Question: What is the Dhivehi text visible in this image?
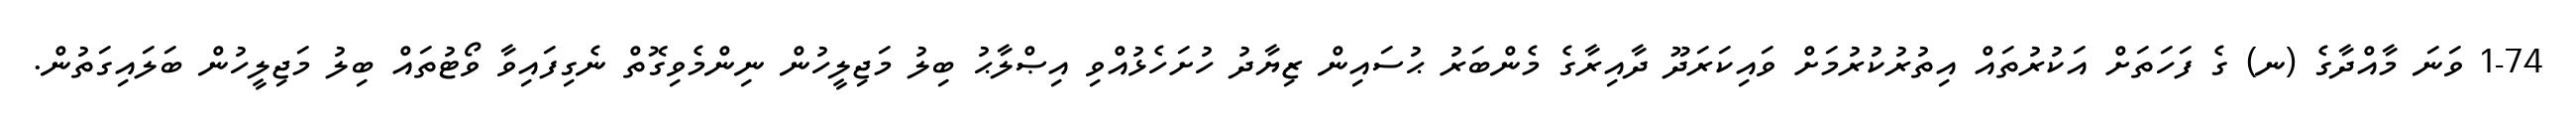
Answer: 1-74 ވަނަ މާއްދާގެ (ނ) ގެ ފަހަތަށް އަކުރުތައް އިތުރުކުރުމަށް ވައިކަރަދޫ ދާއިރާގެ މެންބަރު ޙުސައިން ޒިޔާދު ހުށަހެޅުއްވި އިޞްލާޙު ބިލު މަޖިލީހުން ނިންމެވިގޮތް ނެގިފައިވާ ވޯޓުތައް ބިލު މަޖިލީހުން ބަލައިގަތުން.